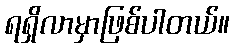
ရရှိလာမှာဖြစ်ပါတယ်။